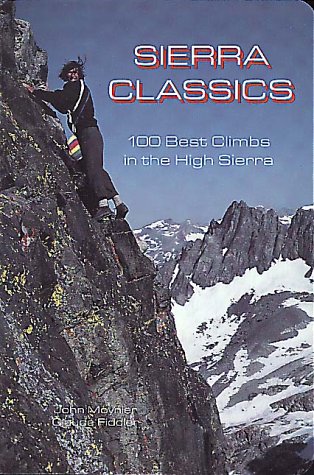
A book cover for Sierra Classics: 100 Best Climbs in the High Sierra (Regional Rock Climbing Series); John Moynier; Sports & Outdoors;